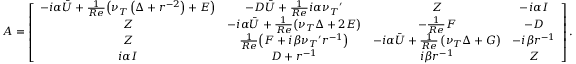
\boldsymbol { A } = \left[ \begin{array} { c c c c } { - i \alpha \boldsymbol { \bar { U } } + \frac { 1 } { R e } { \left( \nu _ { T } \left( \boldsymbol { \Delta } + \boldsymbol { r } ^ { - 2 } \right) + \boldsymbol { E } \right) } } & { - \boldsymbol { D } \boldsymbol { \bar { U } } + \frac { 1 } { R e } { i \alpha { \nu _ { T } } ^ { \prime } } } & { \boldsymbol { Z } } & { - i \alpha \boldsymbol { I } } \\ { \boldsymbol { Z } } & { - i \alpha \boldsymbol { \bar { U } } + \frac { 1 } { R e } { \left( { \nu _ { T } \boldsymbol { \Delta } } + { 2 \boldsymbol { E } } \right) } } & { - { \frac { 1 } { R e } \boldsymbol { F } } } & { - \boldsymbol { D } } \\ { \boldsymbol { Z } } & { \frac { 1 } { R e } { \left( \boldsymbol { F } + { i \beta { \nu _ { T } } ^ { \prime } \boldsymbol { r } ^ { - 1 } } \right) } } & { - i \alpha \boldsymbol { \bar { U } } + \frac { 1 } { R e } \left( { \nu _ { T } \boldsymbol { \Delta } } + \boldsymbol { G } \right) } & { - i \beta \boldsymbol { r } ^ { - 1 } } \\ { i \alpha \boldsymbol { I } } & { \boldsymbol { D } + \boldsymbol { r } ^ { - 1 } } & { i \beta \boldsymbol { r } ^ { - 1 } } & { \boldsymbol { Z } } \end{array} \right] \mathrm { . }